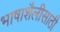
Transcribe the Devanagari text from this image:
भाषाशैलीसाठी